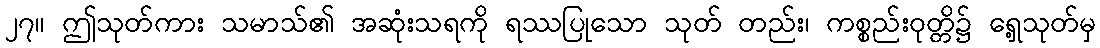
၂၇။ ဤသုတ်ကား သမာသ်၏ အဆုံးသရကို ရဿပြုသော သုတ် တည်း၊ ကစ္စည်းဝုတ္တိ၌ ရှေ့သုတ်မှ